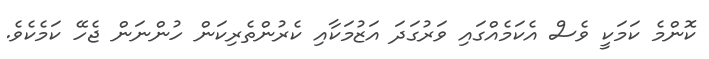
ކޮންމެ ކަމަކީ ވެސް އެކަމެއްގައި ވަރުގަދަ އަޒުމަކާއި ކެރުންތެރިކަން ހުންނަން ޖެހޭ ކަމެކެވެ.